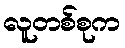
လူတစ်စုက